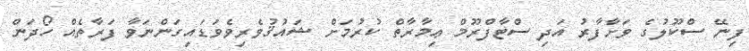
ފިނޭ ސްކޫލުގެ ވަށާފާރު އަދި ސްޓާފްރޫމް ޢިމާރާތް ކުރުމަށް ޝައުޤުވެރިވެވަޑައިގަންނަވާ ފަރާތެއް ހޯދަން